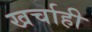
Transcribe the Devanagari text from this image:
खर्चाही